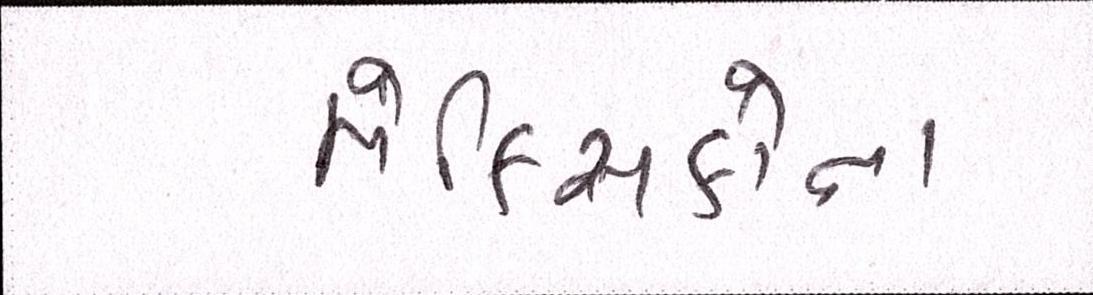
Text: મેક્સિકોના